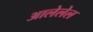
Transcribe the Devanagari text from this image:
आलेलेल